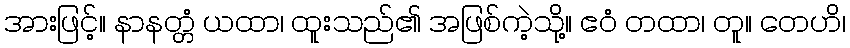
အားဖြင့်။ နာနတ္တံ ယထာ၊ ထူးသည်၏ အဖြစ်ကဲ့သို့။ ဧဝံ တထာ၊ တူ။ တေဟိ၊